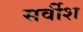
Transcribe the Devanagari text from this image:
सर्वीश